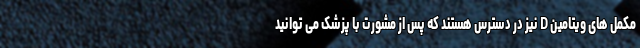
مکمل های ویتامین D نیز در دسترس هستند که پس از مشورت با پزشک می توانید